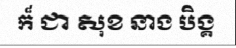
ក៏ ជា សុខ នាង បិង្គ